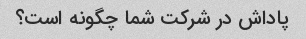
پاداش در شرکت شما چگونه است؟